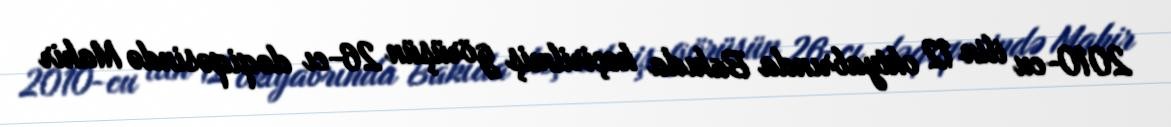
2010-cu ilin 12 oktyabrında Bakıda keçirilmiş görüşün 26-cı dəqiqəsində Mahir